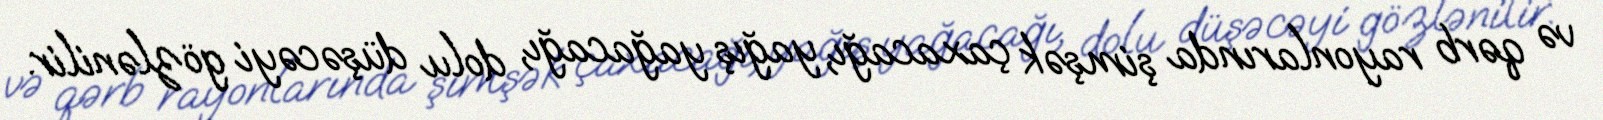
və qərb rayonlarında şimşək çaxacağı, yağış yağacağı, dolu düşəcəyi gözlənilir.